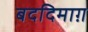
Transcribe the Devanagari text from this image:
बददिमाग़